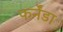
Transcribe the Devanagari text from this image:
फर्नेंडा